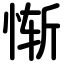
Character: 惭